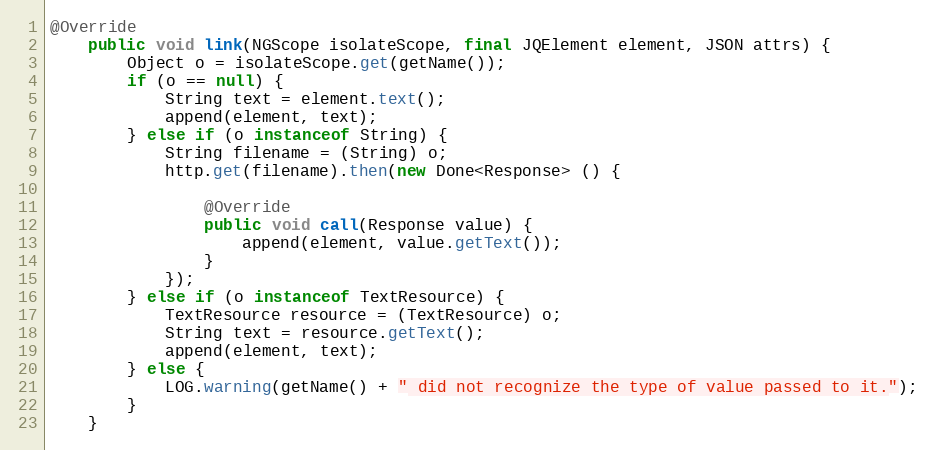
Language: Java
@Override
    public void link(NGScope isolateScope, final JQElement element, JSON attrs) {
        Object o = isolateScope.get(getName());
        if (o == null) {
            String text = element.text();
            append(element, text);
        } else if (o instanceof String) {
            String filename = (String) o;
            http.get(filename).then(new Done<Response> () {

                @Override
                public void call(Response value) {
                    append(element, value.getText());
                }
            });
        } else if (o instanceof TextResource) {
            TextResource resource = (TextResource) o;
            String text = resource.getText();
            append(element, text);
        } else {
            LOG.warning(getName() + " did not recognize the type of value passed to it.");
        }
    }